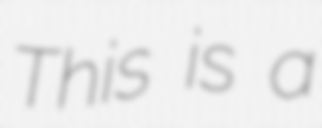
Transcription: This is a